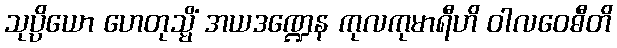
သုပ္ပိယော ဟေတုသ္မိံ အယဒဏ္ဍေန ကုလကုမာရီဟိ ဝါလဝေဓီတိ